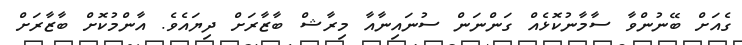
ގެއަށް ބޭނުންވާ ސާމާނުކޮޅެއް ގަންނަން ސުނައިނާއާ މިރާޝް ބާޒާރަށް ދިޔައެވެ. އާންމުކޮށް ބާޒާރަށް